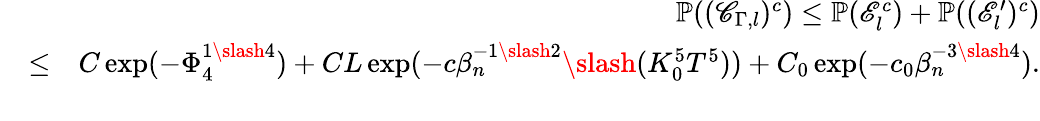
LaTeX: \begin{array}{rlr}&{}&{\mathbb{P}((\mathscr{C}_{\Gamma,l})^{c})\leq\mathbb{P}(\mathscr{E}_{l}^{c})+\mathbb{P}((\mathscr{E}_{l}^{\prime})^{c})}\\ &{\leq}&{C\exp(-\Phi_{4}^{1\slash 4})+CL\exp(-c\beta_{n}^{-1\slash 2}\slash(K_{0}^{5}T^{5}))+C_{0}\exp(-c_{0}\beta_{n}^{-3\slash 4}).}\\ &{}&\end{array}